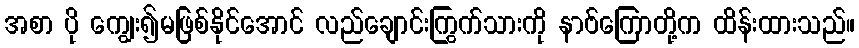
အစာ ပို ကျွေး၍မဖြစ်နိုင်အောင် လည်ချောင်းကြွက်သားကို နာဗ်ကြောတို့က ထိန်းထားသည်။